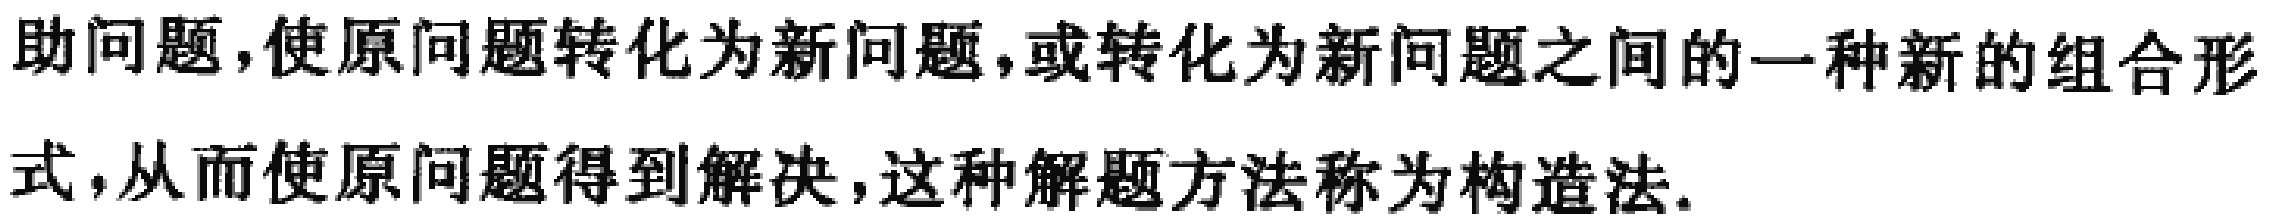
助问题,使原问题转化为新问题,或转化为新问题之间的一种新的组合形式,从而使原问题得到解决,这种解题方法称为构造法.